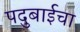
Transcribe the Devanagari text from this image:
पदुबाईचा